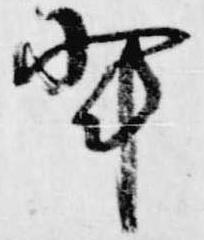
輩